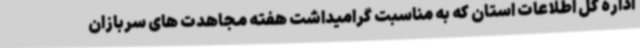
اداره کل اطلاعات استان که به مناسبت گرامیداشت هفته مجاهدت های سربازان